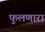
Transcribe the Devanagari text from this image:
फुलणारा